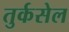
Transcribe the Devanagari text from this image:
तुर्कसेल